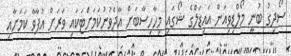
ސޯދިގު ބުނީ މޯލްޑިވިއަން އައިޑަލްގެ ޝޯގައި މިހާހިސާބަށް އާދެވުނުކަމަށްޓަކައި ވަރަށް އުފާވާ ކަމަށާއި